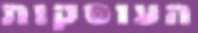
העוסקות